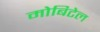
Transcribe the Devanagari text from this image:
मोबिटेल